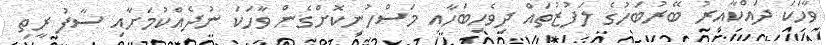
ވާހަކަ ދައްކާއިރު ބޭރުބަހުގެ ލަފުޒުތައް ދިވެހިބަހާއި މަސްހުނިކޮށްގެން ވާހަކަ ނުދެއްކުމަށާއި ސާފު ރީތި